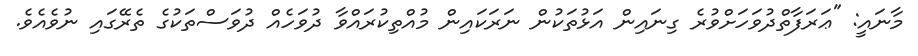
މާނައީ: "ޢަރަފާތްދުވަހަށްވުރެ ގިނައިން އަޅުތަކުން ނަރަކައިން މުއްތިކުރައްވާ ދުވަހެއް ދުވަސްތަކުގެ ތެރޭގައި ނުވެއެވެ.